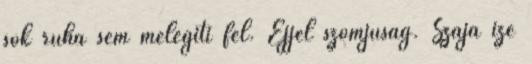
sok ruha sem melegíti fel. Éjjel szomjúság. Szája íze